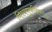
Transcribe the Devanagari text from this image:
मिरवणुकीदरम्यान